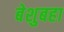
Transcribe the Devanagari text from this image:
बेशुबहा